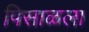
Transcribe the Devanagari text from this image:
पिसाळला